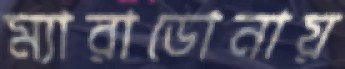
ম্যারাডোনায়